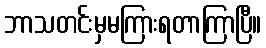
ဘာသတင်းမှမကြားရတာကြာပြီ။